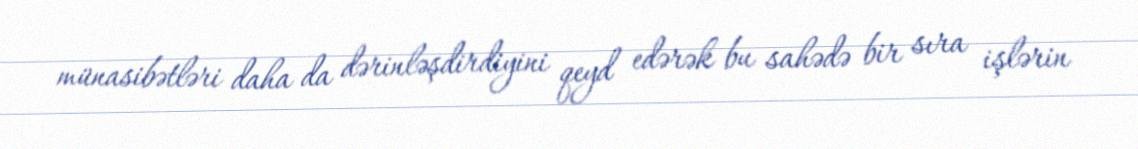
münasibətləri daha da dərinləşdirdiyini qeyd edərək bu sahədə bir sıra işlərin